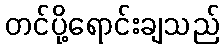
တင်ပို့ရောင်းချသည်